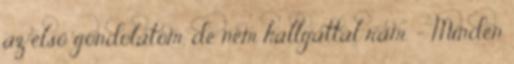
az első gondolatom, de nem hallgattál rám. - Minden